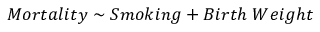
M o r t a l i t y \sim S m o k i n g + B i r t h \; W e i g h t